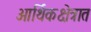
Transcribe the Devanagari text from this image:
आर्थिकक्षेत्रात